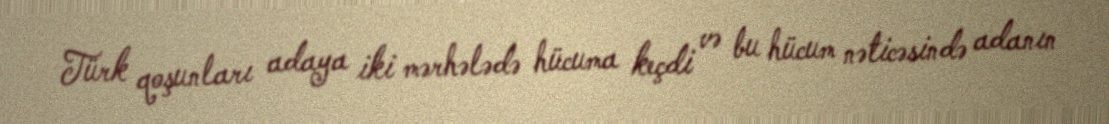
Türk qoşunları adaya iki mərhələdə hücuma keçdi və bu hücum nəticəsində adanın